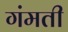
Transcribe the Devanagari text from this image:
गंमती